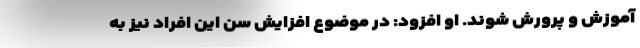
آموزش و پرورش شوند. او افزود: در موضوع افزایش سن این افراد نیز به